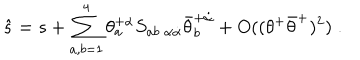
LaTeX: \hat { s } = s + \sum _ { a , b = 1 } ^ { 4 } \theta _ { a } ^ { + \alpha } S _ { a b \; \alpha \dot { \alpha } } \bar { \theta } _ { b } ^ { + \dot { \alpha } } + O ( ( \theta ^ { + } \bar { \theta } ^ { + } ) ^ { 2 } ) \; .